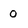
Character: 0